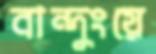
বান্দুংয়ে